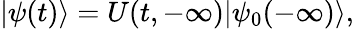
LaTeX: |\psi(t)\rangle=U(t,-\infty)|\psi_{0}(-\infty)\rangle,